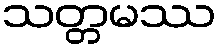
သတ္တမဿ